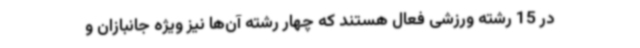
در 15 رشته ورزشی فعال هستند که چهار رشته آن‌ها نیز ویژه جانبازان و